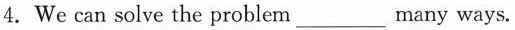
4. We can solve the problem___many ways.